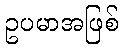
ဥပမာအဖြစ်